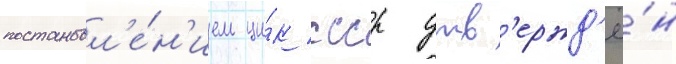
постановл'е́н'ием ци́к ссср утв'ержд'ё́н